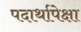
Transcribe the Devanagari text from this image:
पदार्थापेक्षा